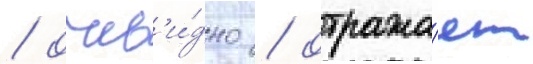
/ очев'и́дно / отража́ет